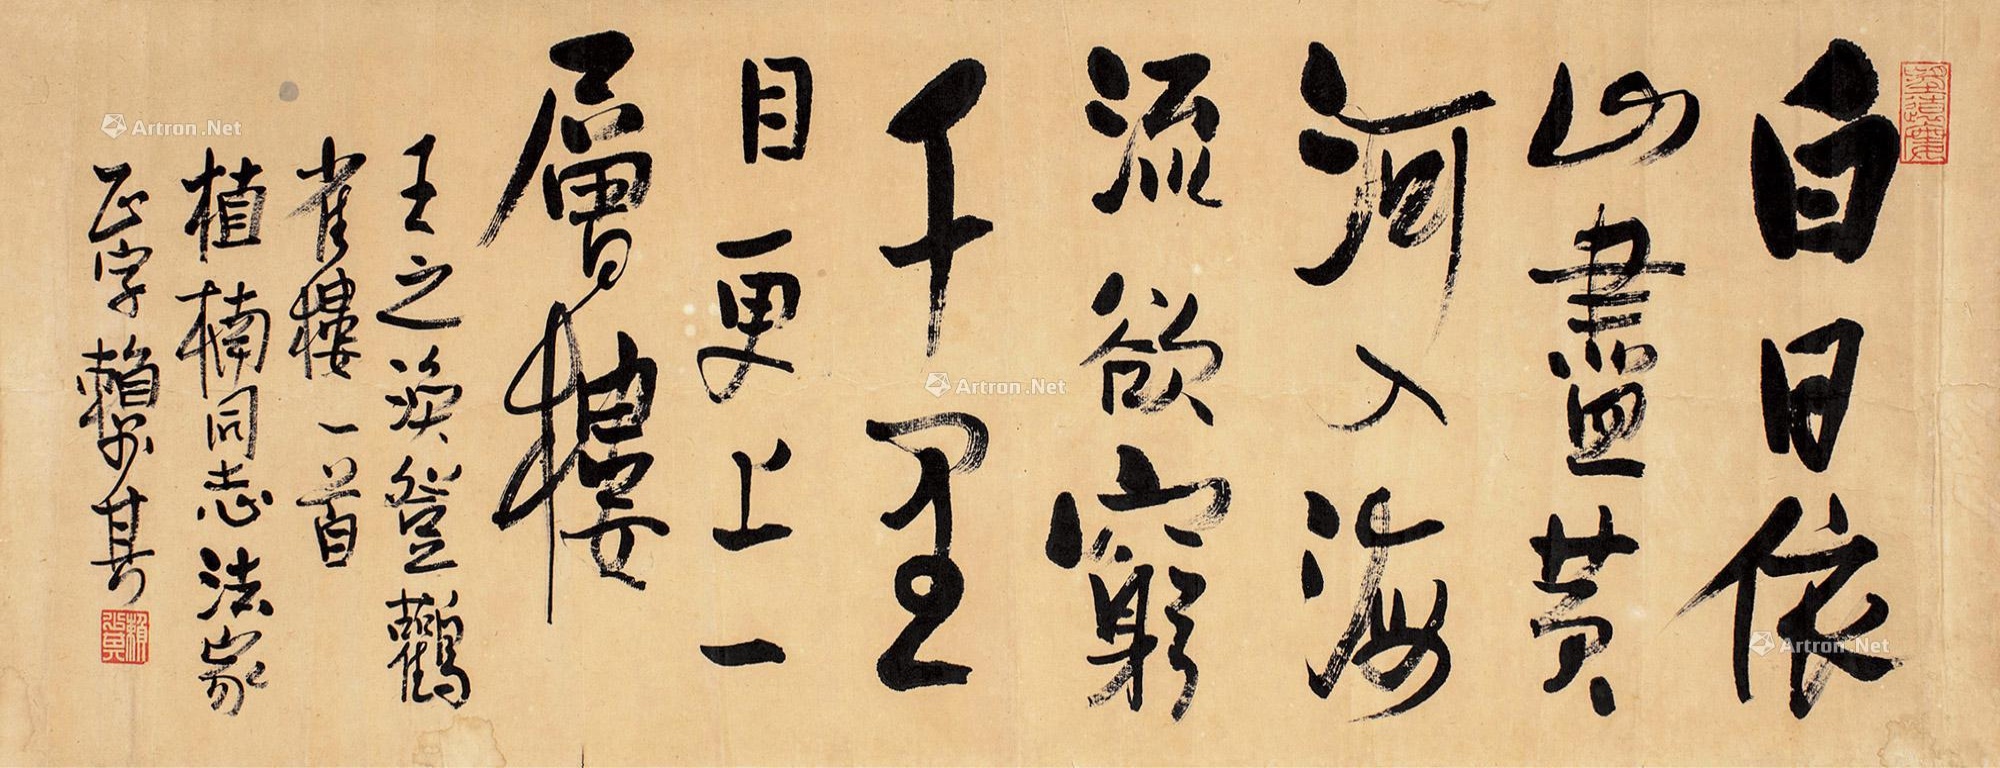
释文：白日依山尽，黄河入海流。欲穷千里目，更上一层楼。王涣之《登鹳雀楼》一首，植楠同志法家正字。赖少其。